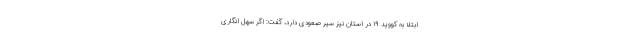
ابتلا به کووید ۱۹ در استان نیز سیر صعودی دارد، گفت: اگر سهل انگاری